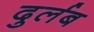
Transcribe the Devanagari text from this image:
दुर्लब